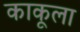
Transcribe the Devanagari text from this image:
काकूला